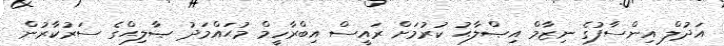
އަދުލް އިންސާފުގެ ނިޒާމް އިޞްލާޙު ކުރުމަށް ރައީސް އިބްރާހީމް މުޙައްމަދު ޞާލިޙްގެ ސަރުކާރުން